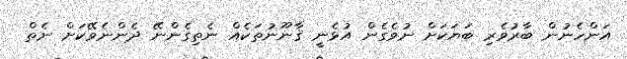
އަންހެނުން ބާރުވެރި ބަޔަކަށް ނުވެގެން އުޅެނީ ޤާނޫނުތަކެއް ނެތިގެންނޭ ދެންނެވޭކަށް ނެތް